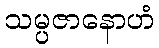
သမ္ပဇာနောဟံ